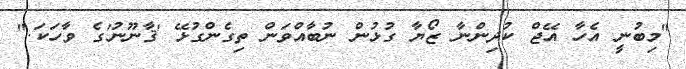
"މިބުނީ އެހާ އޭޖް ކުދިންނާ ޒޯޔާ ގުޅުން ނުބާއްވަން ތިގެންގުޅޭ 'ޤާނޫނު'ގެ ވާހަކަ."